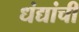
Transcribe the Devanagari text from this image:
धंद्यांची